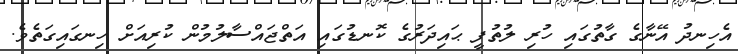
އެހިނދު އޭނާގެ ގާތުގައި ހުރި ލުތުފީ ޙައިދަރުގެ ކޮނޑުގައި އަތްޖައްސާލުމުން ކުރިއަށް ހިނގައިގަތެވެ.